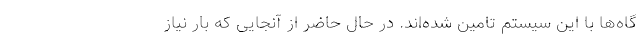
گاه‌ها با این سیستم تامین شده‌اند. در حال حاضر از آنجایی که بار نیاز